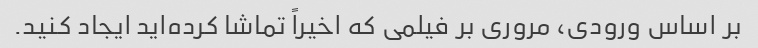
بر اساس ورودی، مروری بر فیلمی که اخیراً تماشا کرده‌اید ایجاد کنید.